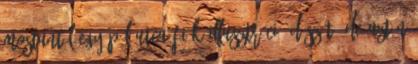
mostantól egy Pál utca fiúk illusztráció díszít, de aztán